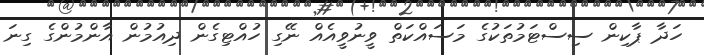
ހަދާ ޕާކިން ސިސްޓަމުތަކުގެ މަސައްކަތް ވީނުވީއެއް ނޭގި ހުއްޓިގެން ދިއުމުން އާންމުންގެ ގިނަ